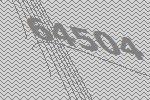
64504